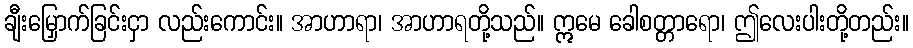
ချီးမြှောက်ခြင်းငှာ လည်းကောင်း။ အာဟာရာ၊ အာဟာရတို့သည်။ ဣမေ ခေါစတ္တာရော၊ ဤလေးပါးတို့တည်း။